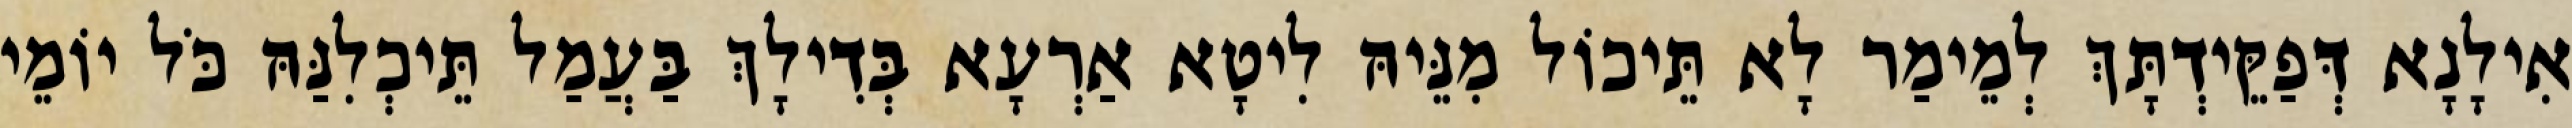
אִילָנָא דְּפַקֵּידְתָּךְ לְמֵימַר לָא תֵּיכוֹל מִנֵּיהּ לִיטָא אַרְעָא בְּדִילָךְ בַּעֲמַל תֵּיכְלִנַּהּ כֹּל יוֹמֵי